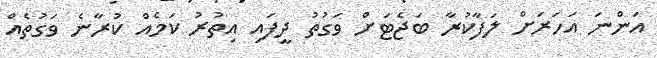
އަންނަ އަހަރަށް ލަފާކުރާ ބަޖެޓަށް ވަގުތު ދީފައި އިތުރު ކަމެއް ކުރާނެ ވަގުތެއް